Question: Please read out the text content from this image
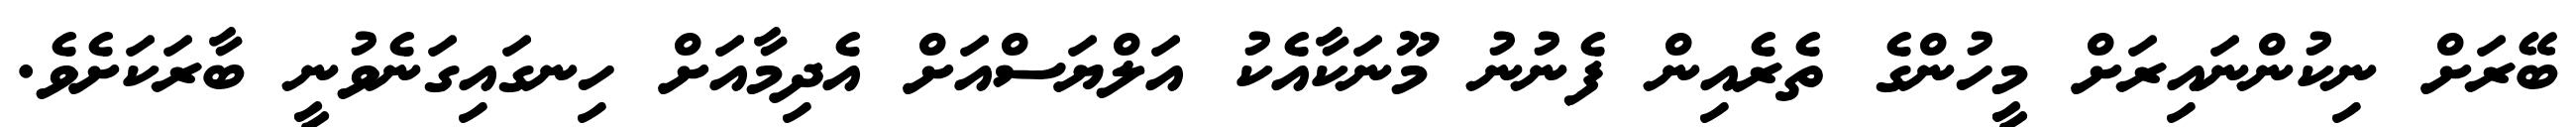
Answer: ބޭރަށް ނިކުންނައިރަށް މީހުންގެ ތެރެއިން ފެނުނު މޫނަކާއެކު އަލްޔަސްއަށް އެދިމާއަށް ހިނގައިގަނެވުނީ ބާރަކަށެވެ.